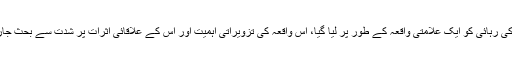
قیدیوں کی رہائی کو ایک علامتی واقعہ کے طور پر لیا گیا، اس واقعہ کی تزویراتی اہمیت اور اس کے علاقائی اثرات پر شدت سے بحث جاری ہے۔